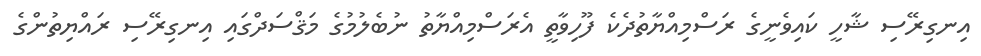
އިނގިރޭސި ޝާހީ ކައިވެނީގެ ރަސްމިއްޔާތުދެކެ ފޫހިވާތީ އެރަސްމިއްޔާތު ނުބެލުމުގެ މަޤްސަދްގައި އިނގިރޭސި ރައްޔިތުންގެ